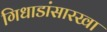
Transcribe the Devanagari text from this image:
गिधाडांसारखा